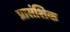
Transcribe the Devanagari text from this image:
प्रासंशिक